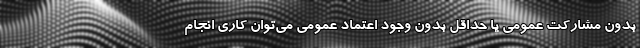
بدون مشارکت عمومی یا حداقل بدون وجود اعتماد عمومی می‌توان کاری انجام